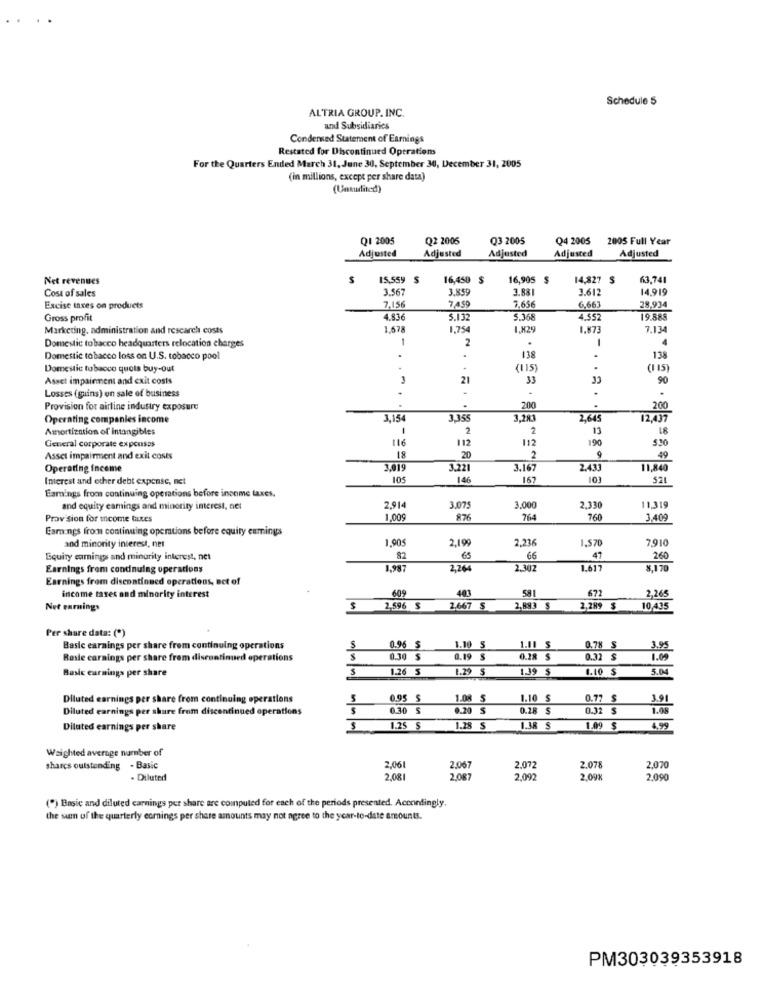
Schedule 5
ALTRIA GROUP. INC.
and Subsidiarics
Condensed Statement of Earnings
Restated for Discontinued Operations
For the Quarters Ended March 31, June 30, September 30, December 31, 2005
(in millions, except per share data)
(United)
Q1 2005
Q2 2006
Q3 2005
Q4 2005
2005 Full Year
Adjusted
Adjusted
Adjusted
Adjusted
Adjusted
Net revenues
$
15,559 $
16,905 $
14,827 $
63.741
3.567
3.859
3.881
3.612
14,919
Cost of sales
Excise taxes on products
7,156
ZAS9
7,656
6,663
28,934
Gross profit
4.836
5.13:
5.36
4.557
19.888
Marketing, administration and research costs
1,678
1,754
1.X2
1.873
7.13
Domestic tobacco headquarters relocation charges
1
2
-
4
Domestic tobacco loss on U.S. tobacco pool
.
138
138
Domestic tobacco quota buy-out
.
(115
Asset impairment and exit costs
3
21
33
90
.
Losses (guins) on sale of business
. .
Provision for airline industry exposure
200
.....
200
Operating companies income
3,154
3.355
3,283
2,645
12.437
Amortization of intangibles
1
2
2
13
112
112
190
General corporate expenses
Asset impairment and exit costs
20
2
9
Operating Income
3.019
3.22
3.16
2.433
11,840
Interest and other debt expense, net
105
146
167
103
521
Earnings from continuing operations before income taxes.
and equity eamings and minority interest, net
2.914
3,07
3,000
2.330
11.319
Prov sion for income taxes
1,009
876
764
760
3,409
Earnings from continuing operations before equity eamings
1.90
2,236
1,57
7,910
and minority interest, ner
2,199
Equity earnings and minority interest, net
6
66
47
260
Earnings from condnuing operations
1,98
2,26
2.302
1.61
Earnings from discontinued operations, act of
60
403
581
672
income taxes and minority interest
2,265
Net earnings
$
2.596 $
2,667 $
2,893 $
2,289 $
10,435
Per share data: (*)
Basic earnings per share from continuing operations
0.96 S
1.10 S
1.11 S
0.78 S
395
Rasle earnings per share frem disenntinned operations
0.30 $
0.19 $
0.28 $
0.32 $
1.09
Basic earnings per share
S
1.26 S
1.29 $
1.39
1.10 $
5.04
Diluted earnings per share from continuing operations
0.95
S
1.10 $
0.77 $
Diluted earnings per shure from discontinued operations
0.30 5
0.20 $
0.28 $
0.32 $
391
Diluted earnings per share
1.25 $
1.28 $
1.38 $
1.09 $ 4.99
Weighted average number of
shares outstanding - Basic
2,061
2.067
2.072
2.078
2,070
. Diluted
2.081
2.08
2,092
2.09%
2,090
(*) Basic and diluted earnings per share are computed for each of the periods presented. Accontingly.
the sam of the quarterly comnings per share amounts may not agree to the year-to-date amounts.
PM303039353918